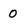
Character: 0